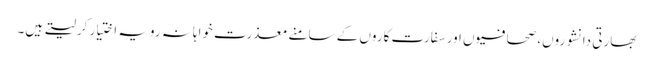
بھارتی دانشوروں، صحافیوں اور سفارت کاروں کے سامنے معذرت خواہانہ رویہ اختیار کرلیتے ہیں۔